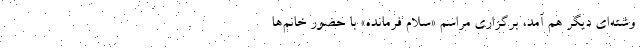
وشته‌ای دیگر هم آمد، برگزاری مراسم «سلام فرمانده» با حضور خانم‌ها